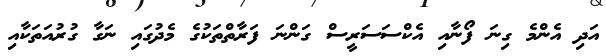
އަދި އެންމެ ގިނަ ފޯނާއި އެކްސަސަރީސް ގަންނަ ފަރާތްތަކުގެ މެދުގައި ނަގާ ގުރުއަތަކާއި